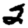
Digit: 2